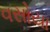
વસોયા